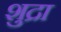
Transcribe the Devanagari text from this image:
शुद्रा